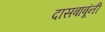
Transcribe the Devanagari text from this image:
दासबाबूंनी